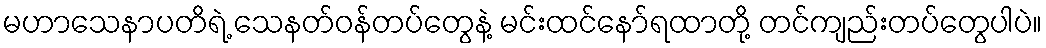
မဟာသေနာပတိရဲ့ သေနတ်ဝန်တပ်တွေနဲ့ မင်းထင်နော်ရထာတို့ တင်ကျည်းတပ်တွေပါပဲ။